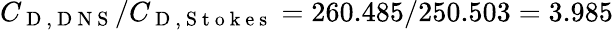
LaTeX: C_{\mathrm{~D~,~D~N~S~}}/C_{\mathrm{~D~,~S~t~o~k~e~s~}}=260.485/250.503=3.985